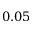
0 . 0 5